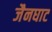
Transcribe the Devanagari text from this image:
जैनघाट